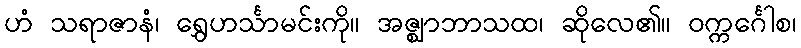
ဟံ သရာဇာနံ၊ ရွှေဟင်္သာမင်းကို။ အဇ္ဈာဘာသထ၊ ဆိုလေ၏။ ဝက္ကင်္ဂေါစ၊